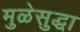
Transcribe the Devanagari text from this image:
मुळेसुद्धा